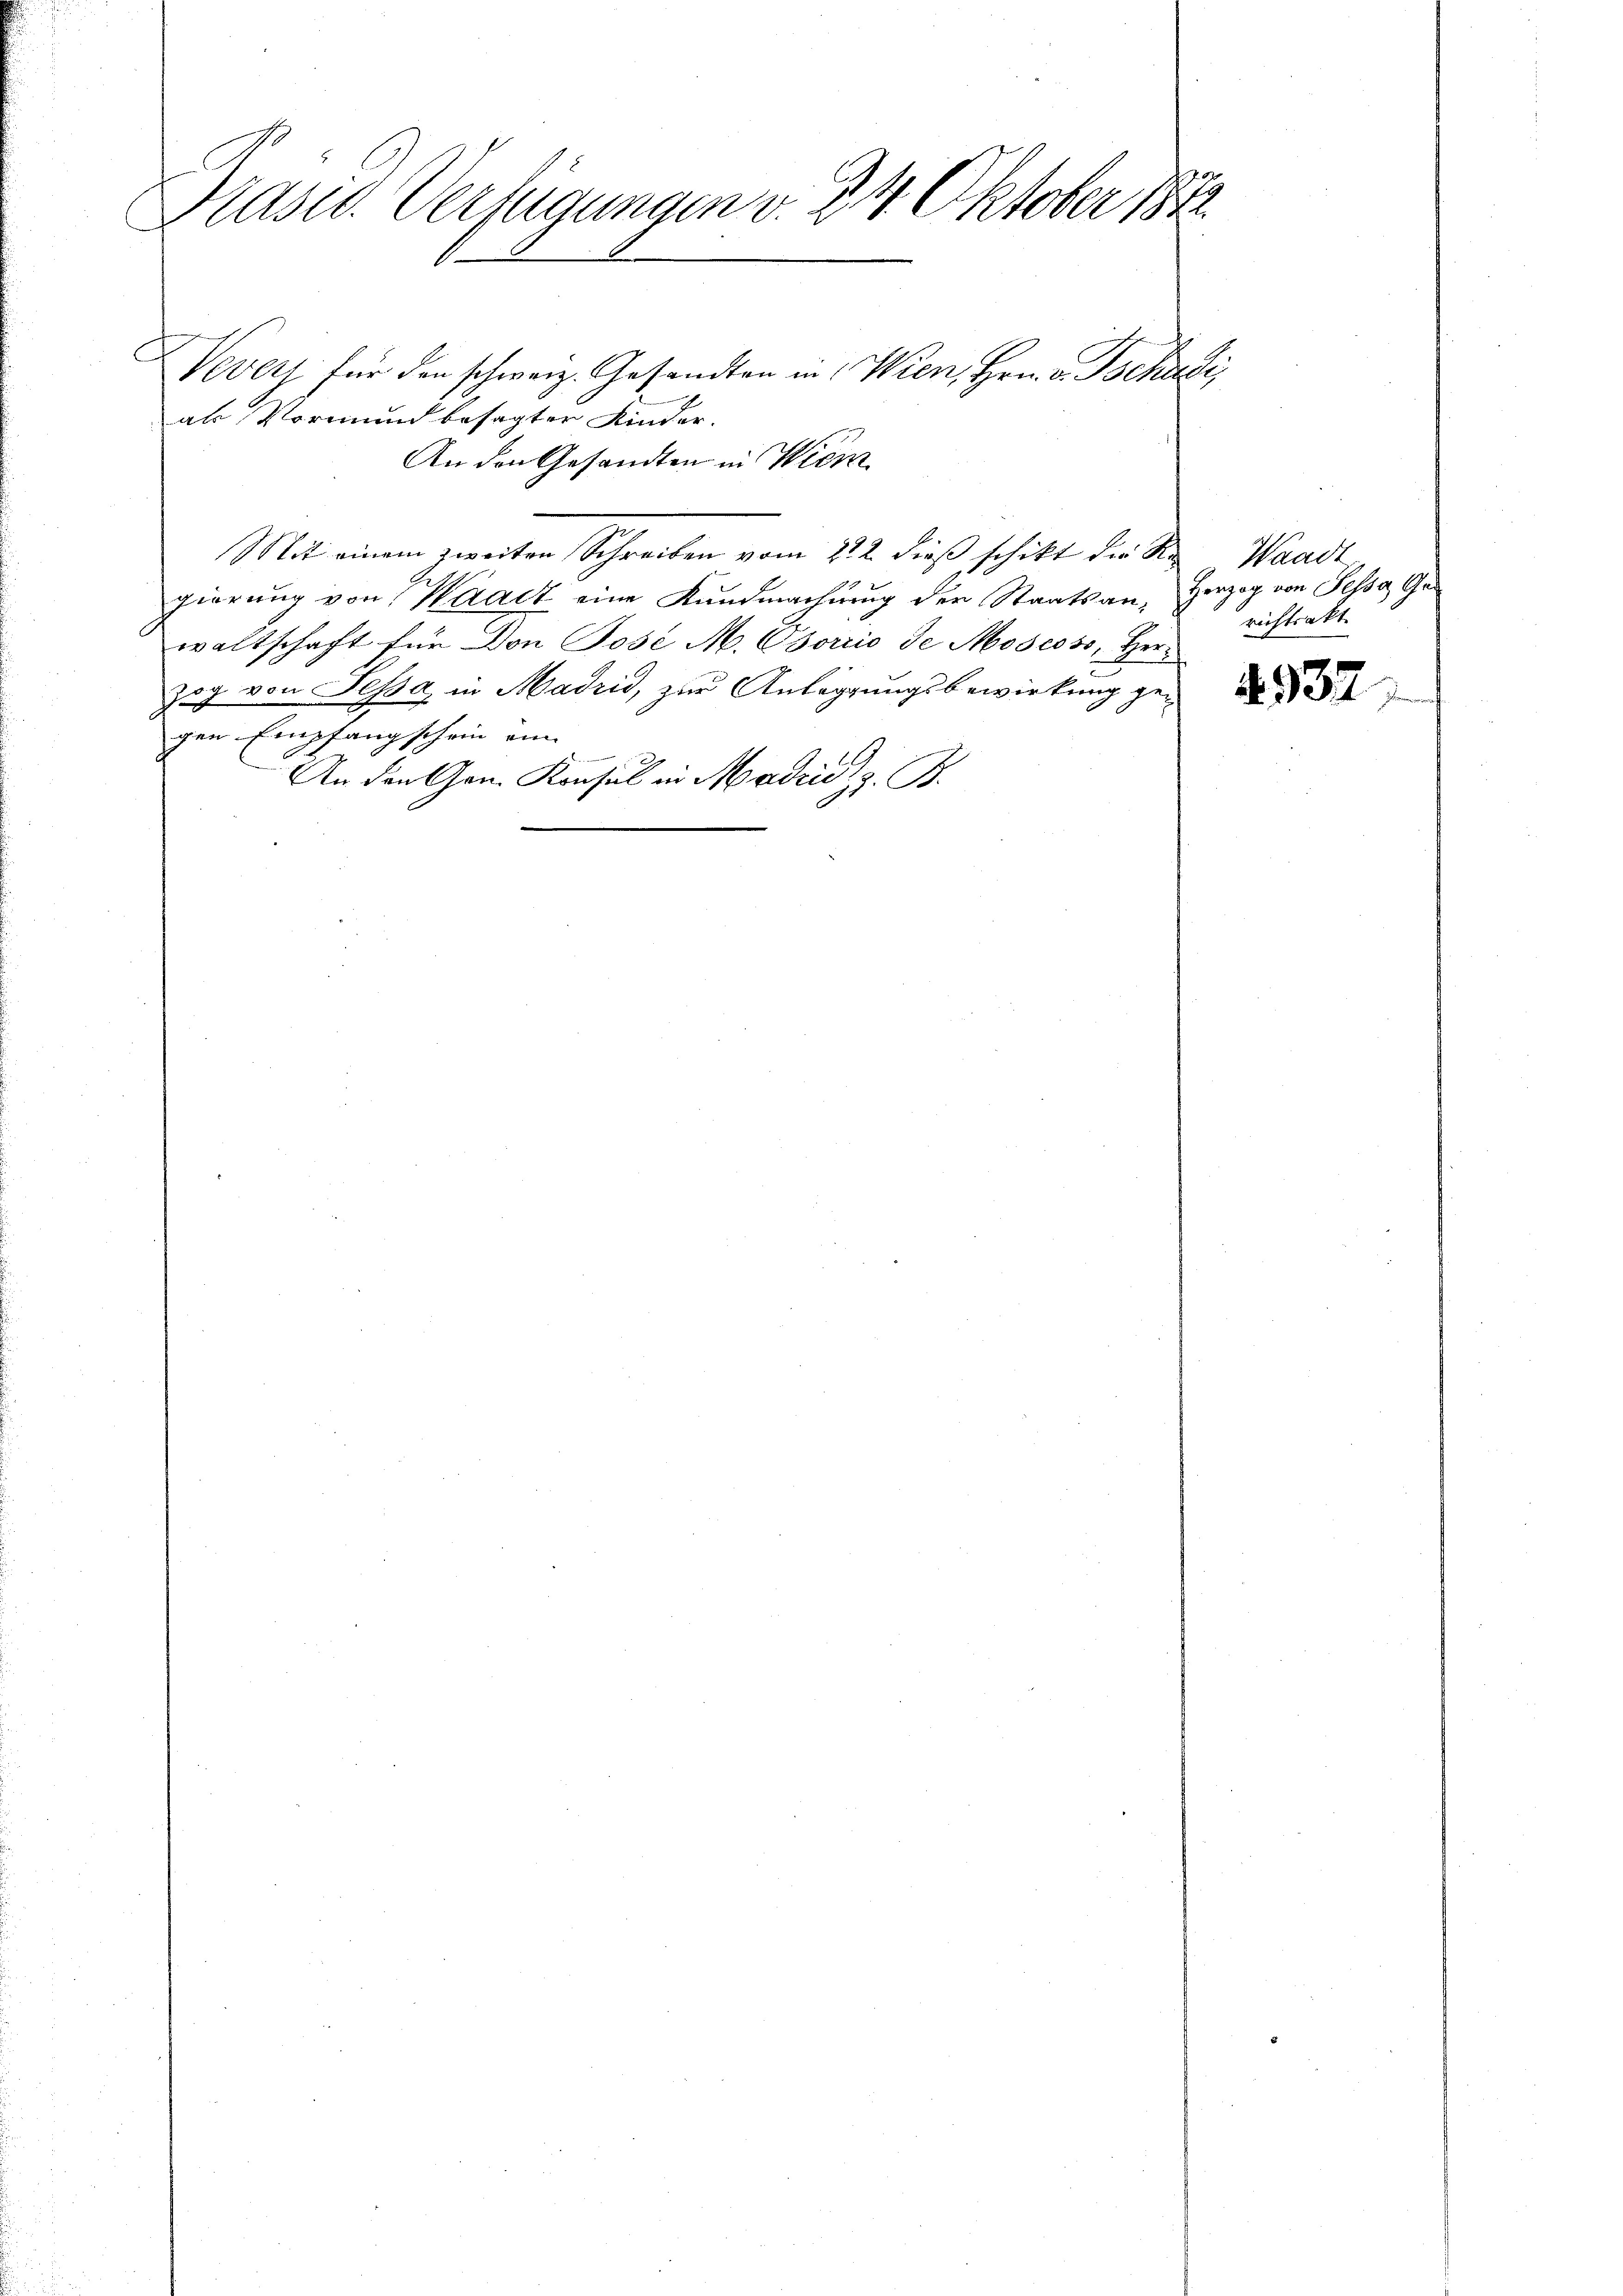
Präsid. Verfügungen v. 24. Oktober 1872

Vevey für den schweiz. Gesandten in Wien, Hrn. v. Tschudi
als Vormund besagten Kinder.
An den Gesandten in Wien
Mit einem zweiten Schreiben vom 22. dieβ schikt die Re Waadt,
gierung von Waadt eine Kundmachung der Staatsan, Herzog von Sessa Gewaltschaft für Don Jose M. Usoriis de Moscoss, Herzog von Sesse, in Madrid, zur Anlegungsbewirkung ge
gen Empfangschein ain
An den Gen. Konsul in Madrid, z. B.

richtsakt.